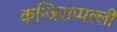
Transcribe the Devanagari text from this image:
कन्जिराप्पल्ली